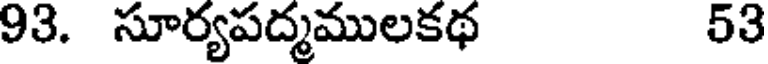
93. సూర్యపద్మములకథ 53